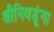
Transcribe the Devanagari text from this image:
श्रीनिवडूंगा